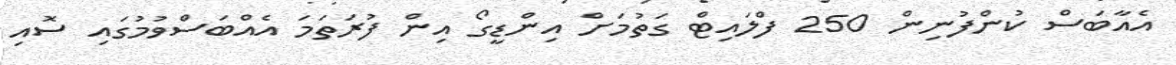
އެއާބަސް ކުންފުނިން 250 ފްލައިޓް ގަތުމަށް އިންޑީގޯ އިން ފުރަތަމަ އެއްބަސްވުމުގައި ސޮއި